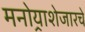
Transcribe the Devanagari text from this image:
मनोर्‍याशेजारचे